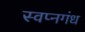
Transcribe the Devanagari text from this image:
स्वप्नगंध